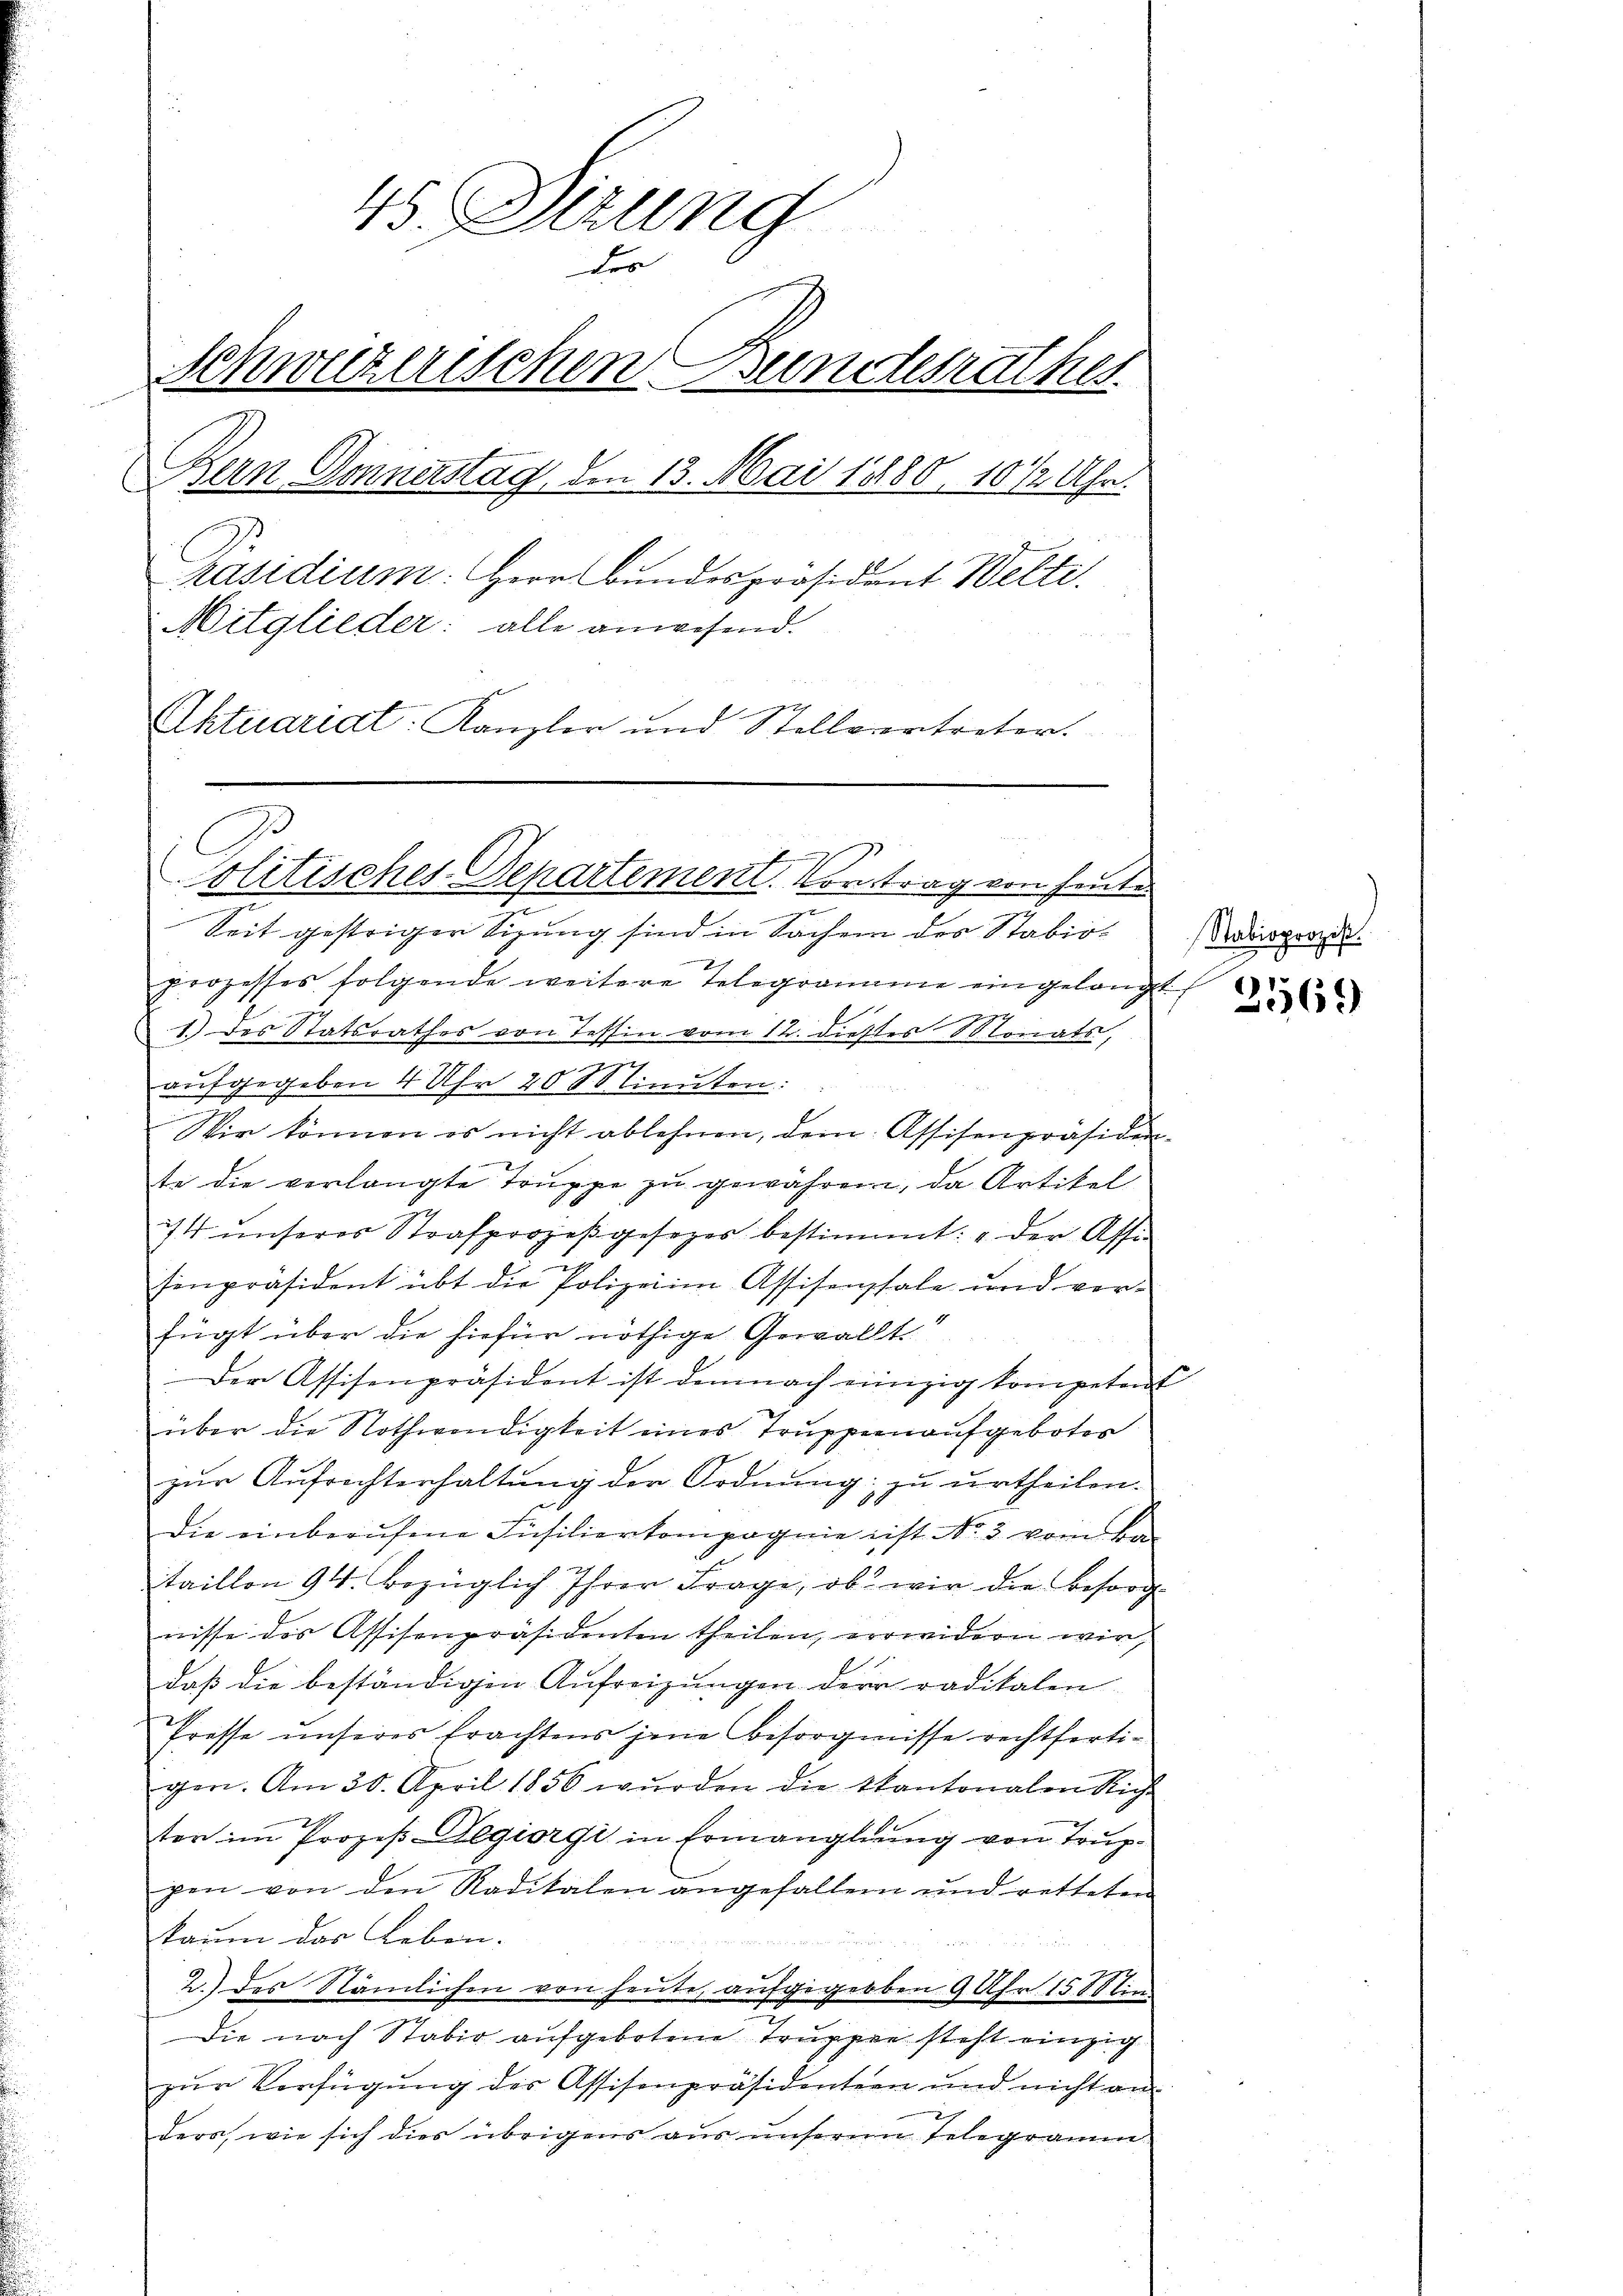
45. Dirung
der
Schweizerischen Bundesrathes.
Bern Donnerstag, den 13. Mai 1880, 10 1/2 Uhr.
Präsidium. Herr Bundespräsident Welti.
Mitglieder: alle anwesend.
Aktuariat: Kanzler und Stellvertreter.

olitisches Departement. Vortrag von heute

Seit gestrigen Sizung sind in Sachen des Stabioprozesses folgende weitere Telegramme eingelangt,
1.) des Statsrathes von Tessin vom 12. dieses Monats,
e
aufgegeben 4 Uhr 20 Slinuten:
Wir können es nicht ablehnen, dem Assisenpräsidente die verlangte Truppe zu gewähren, da Artikel
74 unseres Strafprozeßgesetzes bestimmt: „der Affe
u
Einpräsident übt die Polizei im Assisenpsale und ver-
fügt über die hiefür nöthige Gewallt
Der Assisenpräsident ist demnach einzig kompetent
über die Nothwendigkeit eines Truppenaufgeboter
zur Aufrechterhaltung der Ordnung: zu urtheilen.
die einberufene Füsilierkompagnie ist No. 3. vom Ba
taillon 94. bezüglich Ihrer Frage, ob wir die Besorgnisse des Assisenpräsidenten theilen, erwidern wir,
daβ die beständigen Aufreizŭngen der radikalen
Presse unseres Erachtens jene Besorgnisse rechtfertigen. Am 30. April 1856 wŭrden die Kantonalen Richt
ter im Prozeß Aegiorgi in Ermanglung von Truppen von den Radikalen angefallen und retteten
kaum das Leben.
          der ge

2.) des Nämlichen von heute, aufgegeben 9 Uhr 1588 in
Die nach Stabio aufgebotene Truppe steht einzig
zur Verfügung des Assisenpräsidentern und nicht an
ders, wie sich dies übrigens aus unserem Telegramm

Nabioprozis.

25569